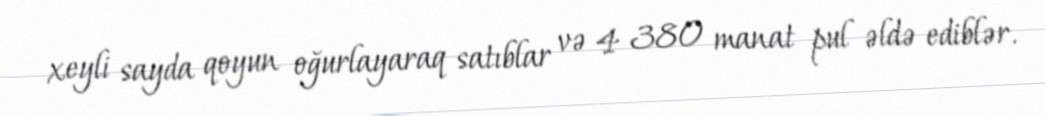
xeyli sayda qoyun oğurlayaraq satıblar və 4 380 manat pul əldə ediblər.